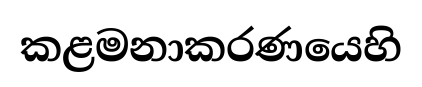
කළමනාකරණයෙහි